Annual report of the Punjab Veterinary College and of the Civil Veterinary Department, Punjab - 1909-1919
Year: 1909
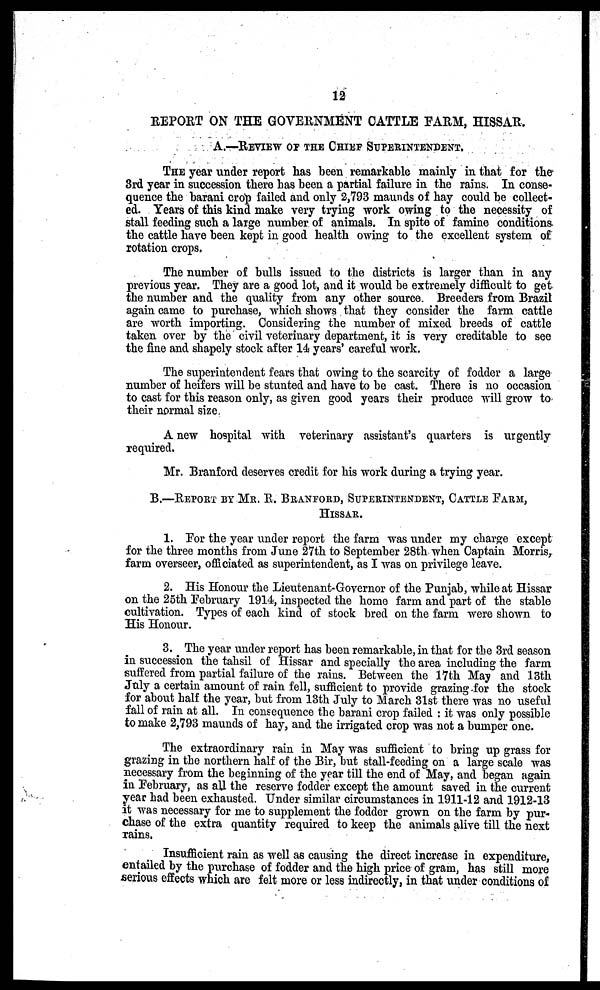
12
REPORT ON THE GOVERNMENT CATTLE FARM, HISSAR.
A.—REVIEW OF THE CHIEF SUPERINTENDENT.
THE year under report has been remarkable mainly in that for the
3rd year in succession there has been a partial failure in the rains. In conse-
quence the barani crop failed and only 2,793 maunds of hay could be collect-
ed. Years of this kind make very trying work owing to the necessity of
stall feeding such a large number of animals. In spite of famine conditions
the cattle have been kept in good health owing to the excellent system of
rotation crops.
The number of bulls issued to the districts is larger than in any
previous year. They are a good lot, and it would be extremely difficult to get
the number and the quality from any other source. Breeders from Brazil
again came to purchase, which shows that they consider the farm cattle
are worth importing. Considering the number of mixed breeds of cattle
taken over by the civil veterinary department, it is very creditable to see
the fine and shapely stock after 14 years' careful work.
The superintendent fears that owing to the scarcity of fodder a large
number of heifers will be stunted and have to be cast. There is no occasion
to cast for this reason only, as given good years their produce will grow to
their normal size.
A new hospital with veterinary assistant's quarters is urgently
required.
Mr. Branford deserves credit for his work during a trying year.
B.—REPORT BY MR. E. BRANDFORD, SUPERINTENDENT, CATTLE FARM,
HISSAR.
1. For the year under report the farm was under my charge except
for the three months from June 27th to September 28th when Captain Morris,
farm overseer, officiated as superintendent, as I was on privilege leave.
2. His Honour the Lieutenant-Governor of the Punjab, while at Hissar
on the 25th February 1914, inspected the home farm and part of the stable
cultivation. Types of each kind of stock bred on the farm were shown to
His Honour.
3. The year under report has been remarkable, in that for the 3rd season
in succession the tahsil of Hissar and specially the area including the farm
suffered from partial failure of the rains. Between the 17th May and 13th
July a certain amount of rain fell, sufficient to provide grazing for the stock
for about half the year, but from 13th July to March 31st there was no useful
fall of rain at all. In consequence the barani crop failed: it was only possible
to make 2,793 maunds of hay, and the irrigated crop was not a bumper one.
The extraordinary rain in May was sufficient to bring up grass for
grazing in the northern half of the Bir, but stall-feeding on a large scale was
necessary from the beginning of the year till the end of May, and began again
in February, as all the reserve fodder except the amount saved in the current
year had been exhausted. Under similar circumstances in 1911-12 and 1912-13
it was necessary for me to supplement the fodder grown on the farm by pur-
chase of the extra quantity required to keep the animals alive till the next
rains.
Insufficient rain as well as causing the direct increase in expenditure,
entailed by the purchase of fodder and the high price of gram, has still more
serious effects which are felt more or less indirectly, in that under conditions of